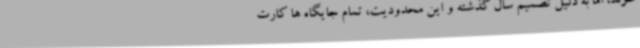
شوند، اما به دلیل تصمیم سال گذشته و این محدودیت، تمام جایگاه ها کارت